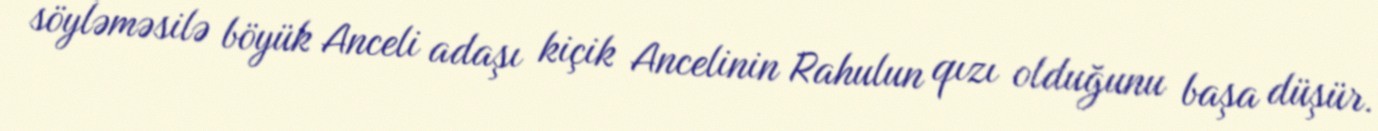
söyləməsilə böyük Anceli adaşı kiçik Ancelinin Rahulun qızı olduğunu başa düşür.